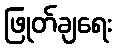
ဖြုတ်ချရေး